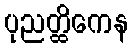
ပုညတ္ထိကေန